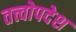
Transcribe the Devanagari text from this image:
तत्त्वोपदेश